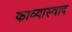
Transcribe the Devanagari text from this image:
काव्यास्वाद